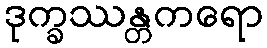
ဒုက္ခဿန္တကရော